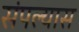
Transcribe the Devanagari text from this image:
संपल्यास